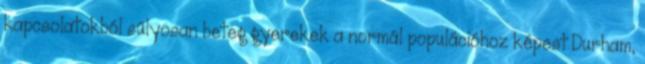
kapcsolatokból súlyosan beteg gyerekek a normál populációhoz képest Durham,